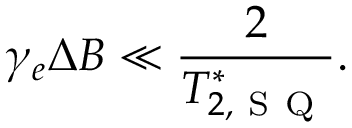
\gamma _ { e } \Delta B \ll \frac { 2 } { T _ { 2 , \mathrm { ~ S ~ Q ~ } } ^ { * } } .